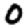
Digit: 0